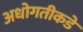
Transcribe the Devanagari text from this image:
अधोगतीकडे